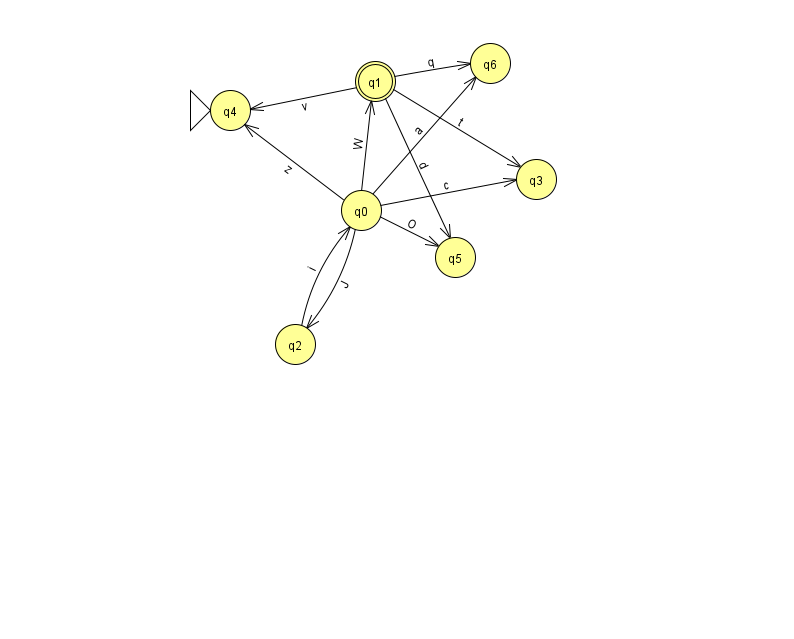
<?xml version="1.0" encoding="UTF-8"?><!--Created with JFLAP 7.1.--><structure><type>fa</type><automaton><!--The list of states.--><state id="0" name="q0"><x>361.0</x><y>197.0</y></state><state id="1" name="q1"><x>375.0</x><y>68.0</y><final/></state><state id="2" name="q2"><x>295.0</x><y>331.0</y></state><state id="3" name="q3"><x>536.0</x><y>166.0</y></state><state id="4" name="q4"><x>230.0</x><y>97.0</y><initial/></state><state id="5" name="q5"><x>455.0</x><y>244.0</y></state><state id="6" name="q6"><x>490.0</x><y>50.0</y></state><!--The list of transitions.--><transition><from>0</from><to>3</to><read>c</read></transition><transition><from>1</from><to>6</to><read>q</read></transition><transition><from>1</from><to>5</to><read>d</read></transition><transition><from>0</from><to>1</to><read>W</read></transition><transition><from>0</from><to>6</to><read>a</read></transition><transition><from>1</from><to>3</to><read>t</read></transition><transition><from>2</from><to>0</to><read>i</read></transition><transition><from>0</from><to>2</to><read>J</read></transition><transition><from>1</from><to>4</to><read>v</read></transition><transition><from>0</from><to>4</to><read>z</read></transition><transition><from>0</from><to>5</to><read>O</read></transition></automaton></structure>